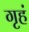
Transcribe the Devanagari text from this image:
गृहं